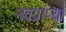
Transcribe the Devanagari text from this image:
नवप्राप्य।